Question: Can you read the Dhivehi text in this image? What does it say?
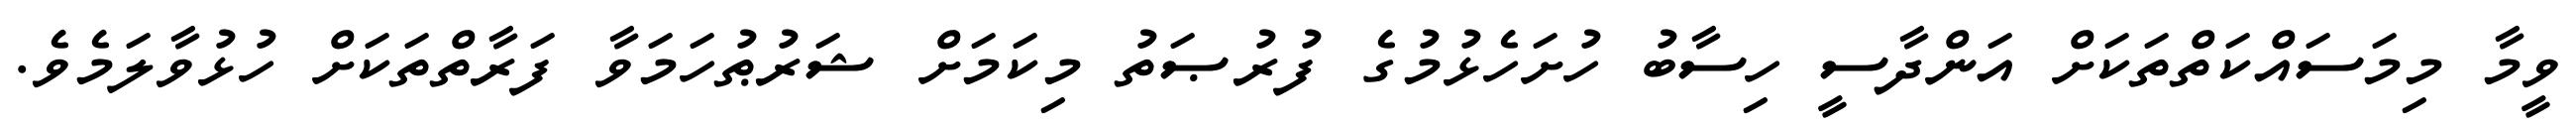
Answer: ވީމާ މިމަސައްކަތްތަކަށް އަންދާސީ ހިސާބު ހުށަހެޅުމުގެ ފުރުޞަތު މިކަމަށް ޝަރުޠުހަމަވާ ފަރާތްތަކަށް ހުޅުވާލަމެވެ.